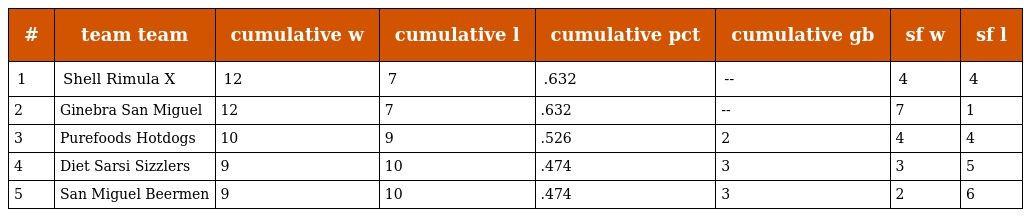
| # | team team | cumulative w | cumulative l | cumulative pct | cumulative gb | sf w | sf l |
 | --- | --- | --- | --- | --- | --- | --- | --- |
 | 1 | Shell Rimula X | 12 | 7 | .632 | -- | 4 | 4 |
 | 2 | Ginebra San Miguel | 12 | 7 | .632 | -- | 7 | 1 |
 | 3 | Purefoods Hotdogs | 10 | 9 | .526 | 2 | 4 | 4 |
 | 4 | Diet Sarsi Sizzlers | 9 | 10 | .474 | 3 | 3 | 5 |
 | 5 | San Miguel Beermen | 9 | 10 | .474 | 3 | 2 | 6 |